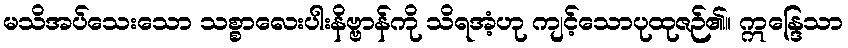
မသိအပ်သေးသော သစ္စာလေးပါးနိဗ္ဗာန်ကို သိရအံ့ဟု ကျင့်သောပုထုဇဉ်၏။ ဣန္ဒြေသာ